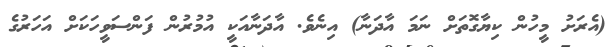
(އެރަށު މީހުން ކިޔާގޮތަށް ނަމަ އާދަނާ) އިނެވެ. އާދަނާއަކީ އުމުރުން ފަންސަވީހަކަށް އަހަރުގެ